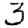
Digit: 3